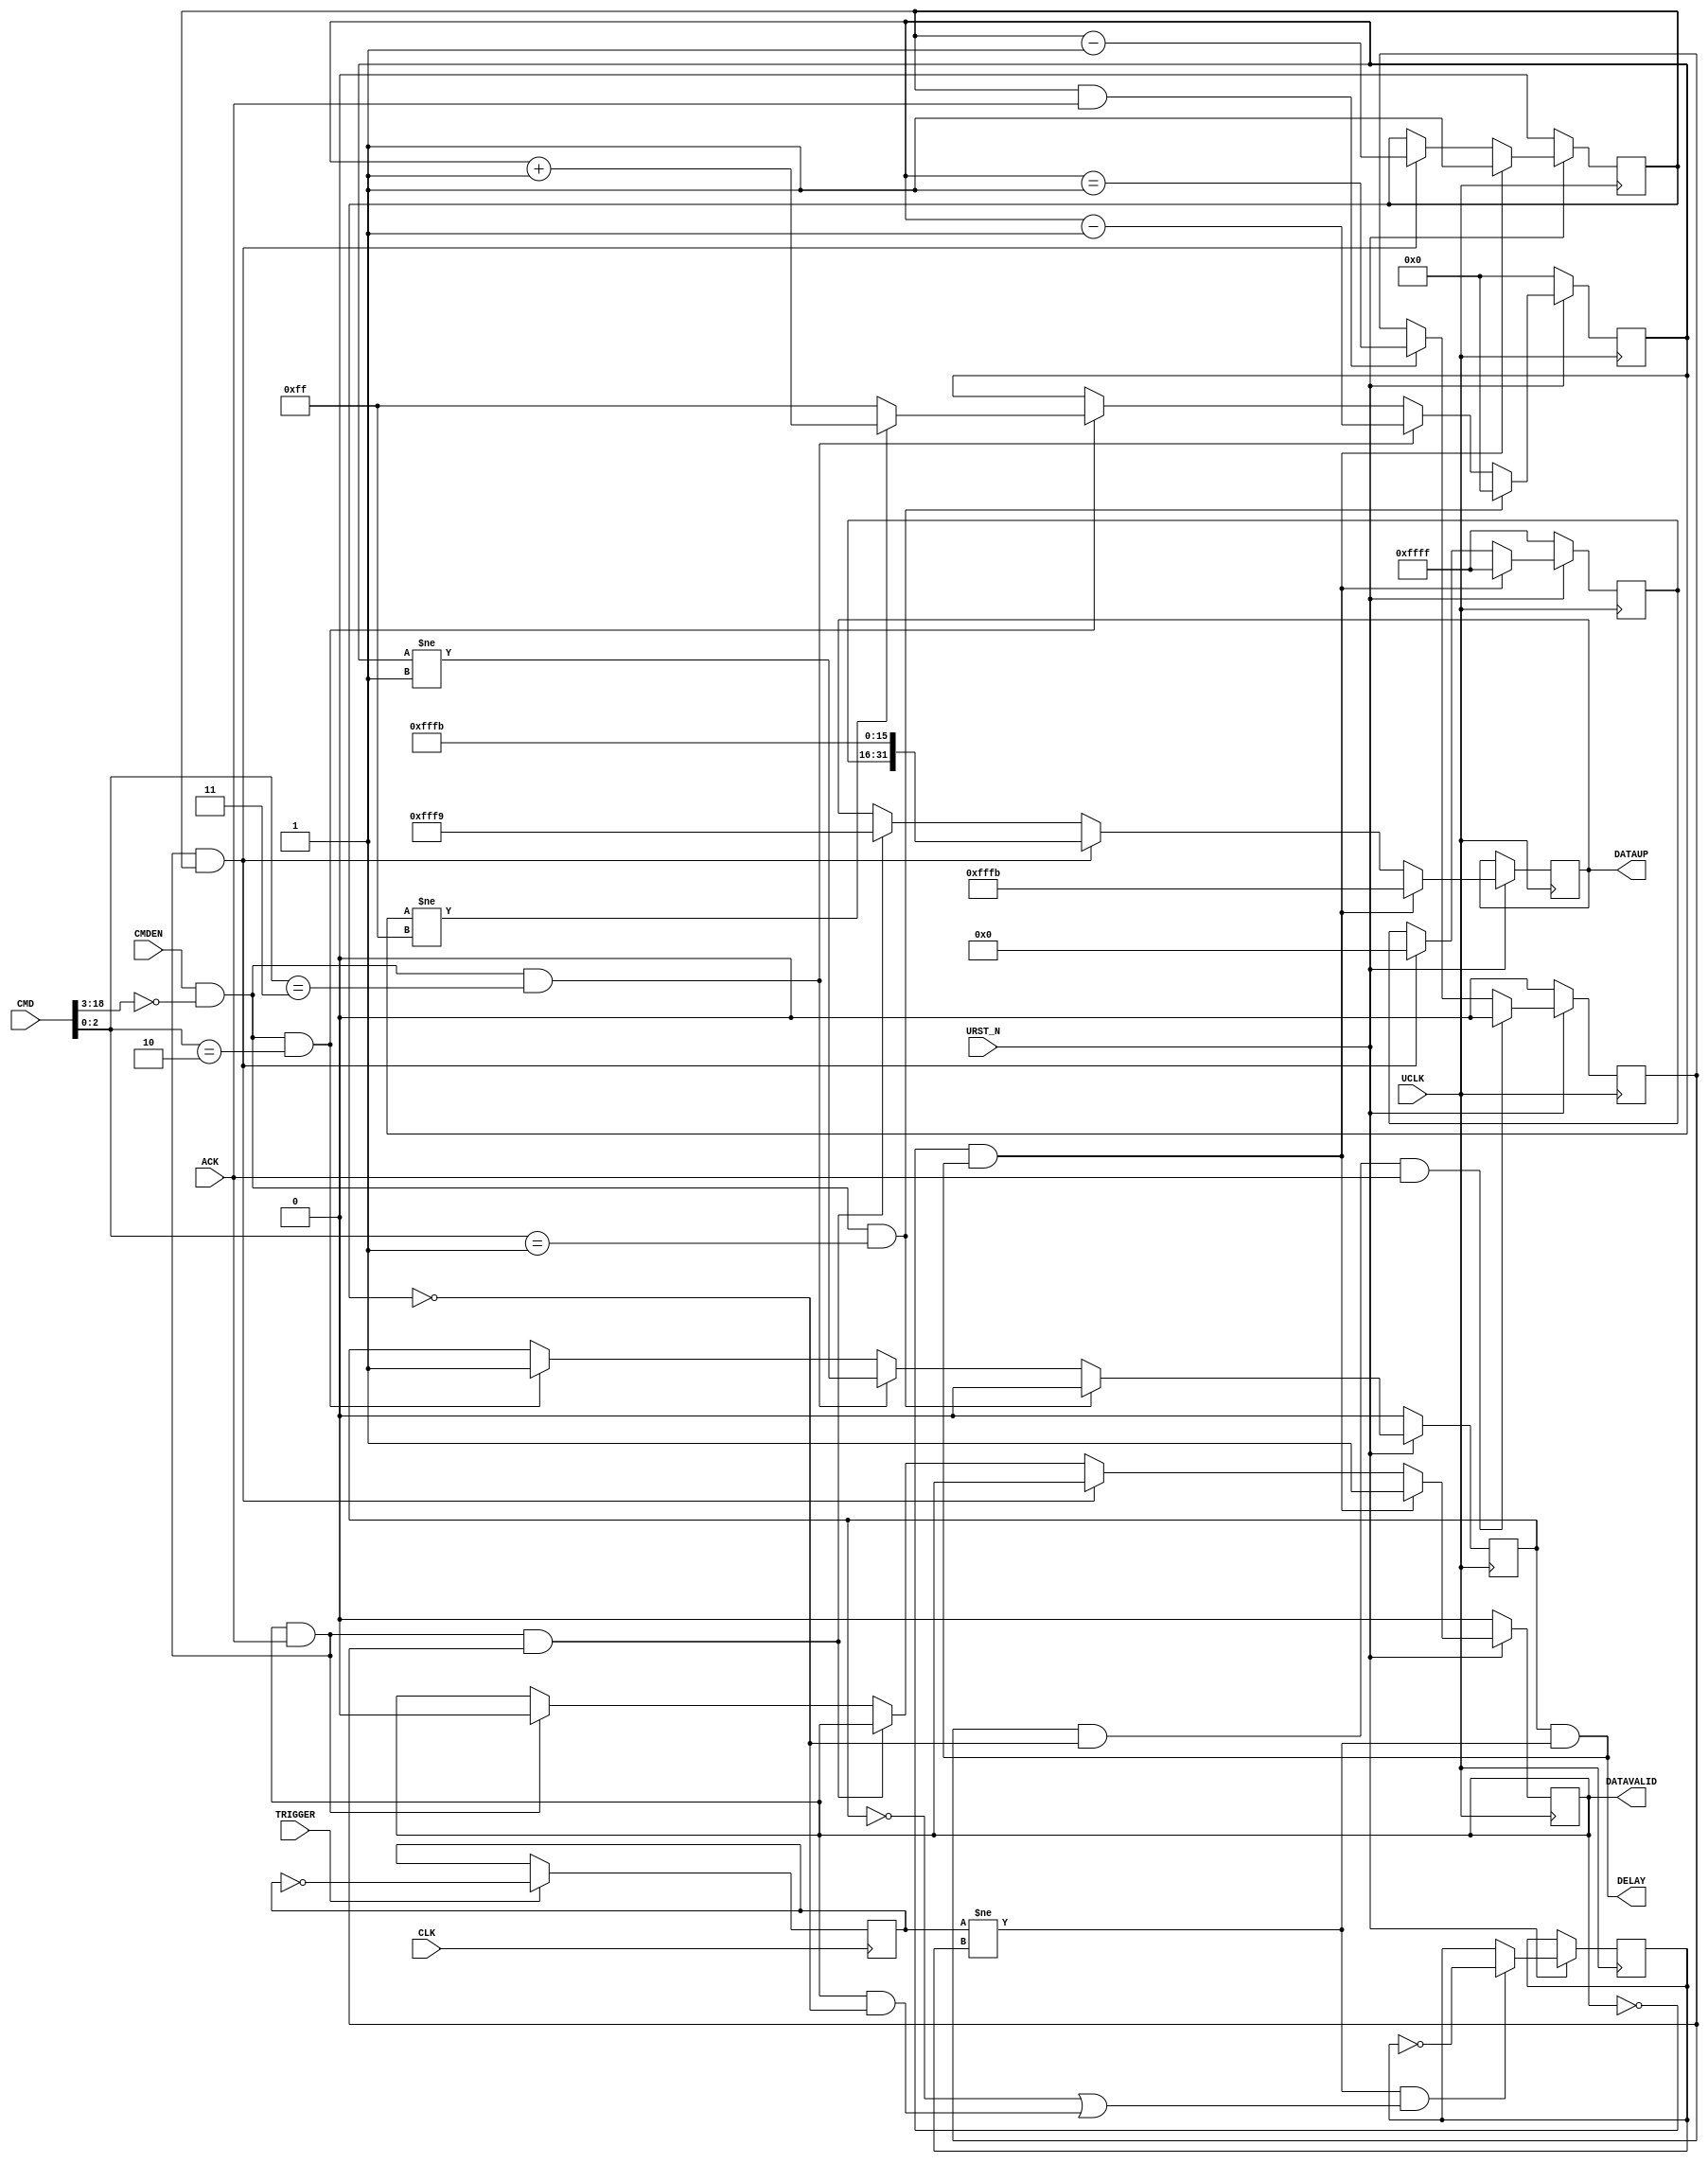

// Copyright (c) 2000-2009 Bluespec, Inc.

// Permission is hereby granted, free of charge, to any person obtaining a copy
// of this software and associated documentation files (the "Software"), to deal
// in the Software without restriction, including without limitation the rights
// to use, copy, modify, merge, publish, distribute, sublicense, and/or sell
// copies of the Software, and to permit persons to whom the Software is
// furnished to do so, subject to the following conditions:

// The above copyright notice and this permission notice shall be included in
// all copies or substantial portions of the Software.

// THE SOFTWARE IS PROVIDED "AS IS", WITHOUT WARRANTY OF ANY KIND, EXPRESS OR
// IMPLIED, INCLUDING BUT NOT LIMITED TO THE WARRANTIES OF MERCHANTABILITY,
// FITNESS FOR A PARTICULAR PURPOSE AND NONINFRINGEMENT. IN NO EVENT SHALL THE
// AUTHORS OR COPYRIGHT HOLDERS BE LIABLE FOR ANY CLAIM, DAMAGES OR OTHER
// LIABILITY, WHETHER IN AN ACTION OF CONTRACT, TORT OR OTHERWISE, ARISING FROM,
// OUT OF OR IN CONNECTION WITH THE SOFTWARE OR THE USE OR OTHER DEALINGS IN
// THE SOFTWARE.
//
// $Revision: 24715 $
// $Date: 2011-07-28 13:39:27 +0000 (Thu, 28 Jul 2011) $

`ifdef BSV_ASSIGNMENT_DELAY
`else
`define BSV_ASSIGNMENT_DELAY
`endif

//
// REPLICATED CODE WARNING
// If these encodings change, the following files must be kept in sync:
//
// SceMiSerialProbe.bsv
//
// Verilog Probes (ProbeTrigger.v, ProbeCapture.v etc.)
//
// C++ Transactor code (src/lib/SceMi/bsvxactors/SerialProbeXactor.cxx)
//

`define PDISABLED   3'd1
`define PENABLED    3'd2
`define PTRIGGERED  3'd3
`define PADDING    13'h1FFF

module ProbeTrigger (
                     UCLK,
                     URST_N,
                     // Down link
                     CMDEN,
                     CMD,
                     // Up link
                     DELAY,
                     DATAUP,
                     DATAVALID,
                     ACK,
                     //
                     CLK,
                     // Trigger Data
                     TRIGGER
                 );

   parameter TriggerId = 0;
   parameter NumWords = 1;
   parameter CaptureIds = { NumWords { 16'hFFFF } };
   parameter CWidth  = 1 ;      // 1 + log2 (NumWords)

   input UCLK;
   input URST_N;
   input CLK;

   input TRIGGER;

   output [31:0] DATAUP;
   output        DELAY;
   output        DATAVALID;
   input         ACK;

   input         CMDEN;
   input [18:0]  CMD;

   // Output declarations
   reg [31:0]    DATAUP;        // on UCLK
   wire          DELAY;
   wire          DATAVALID;

   wire [15:0] 	probenum = CMD [18:3];
   wire [2:0]   cmd      = CMD  [2:0];

   // On local clock
   reg                  triggerToggle; // not reset

   // on UCLK/reset
   reg [7:0]            enableCount;
   reg                  enabled;
   reg                  sendDisable;
   reg [CWidth-1:0]     wordCount;
   reg [16*NumWords-1:0] reportIds;

   reg                  sending;
   reg                  sentToggle; // not reset

   wire triggered   = triggerToggle != sentToggle;
   wire sendTrigger = enabled && triggered ;
   wire myCommand   = CMDEN && (probenum == TriggerId[15:0]);
   wire wordCountZero = wordCount == {CWidth {1'b0}};

   assign DELAY   = enabled && triggered;
   assign DATAVALID = sending;

   always @(posedge UCLK) begin
      if (URST_N != 1'b1) begin
         enabled     <= `BSV_ASSIGNMENT_DELAY 1'b0;
         enableCount <= `BSV_ASSIGNMENT_DELAY 8'b0;
         sending     <= `BSV_ASSIGNMENT_DELAY 1'b0;
         sendDisable <= `BSV_ASSIGNMENT_DELAY 1'b0;
         wordCount   <= `BSV_ASSIGNMENT_DELAY { CWidth {1'b0}};
         reportIds   <= `BSV_ASSIGNMENT_DELAY CaptureIds;
      end
      else begin
         if (!sending && sendTrigger) begin
            DATAUP      <= `BSV_ASSIGNMENT_DELAY {TriggerId[15:0], `PADDING, `PTRIGGERED};
            sending     <= `BSV_ASSIGNMENT_DELAY 1'b1;
            wordCount   <= `BSV_ASSIGNMENT_DELAY NumWords [CWidth-1:0] ;
            reportIds   <= `BSV_ASSIGNMENT_DELAY CaptureIds;
         end
         else if (sending && ACK && !wordCountZero) begin
            DATAUP     <= `BSV_ASSIGNMENT_DELAY {reportIds[15:0], `PADDING, `PTRIGGERED};
            wordCount  <= `BSV_ASSIGNMENT_DELAY wordCount - 1'b1;
            reportIds  <= `BSV_ASSIGNMENT_DELAY reportIds >> 16;
         end
         else if (sending && ACK && sendDisable) begin
            DATAUP <= `BSV_ASSIGNMENT_DELAY {TriggerId[15:0], `PADDING, `PDISABLED};
         end
         else if (sending && ACK) begin
            sending <= `BSV_ASSIGNMENT_DELAY 1'b0;
         end

         // sendDisable  flop
         if (sendDisable && wordCountZero && ACK) begin
            sendDisable <= 1'b0;
         end
         else if(!wordCountZero && ACK) begin
            sendDisable <= `BSV_ASSIGNMENT_DELAY (enableCount == 8'b1);
         end

         // clear the toggle after sending all works
         if (triggered && (!enabled || (sending && wordCountZero) )) begin
            sentToggle <= `BSV_ASSIGNMENT_DELAY ! sentToggle;
         end

         // Process commands
         if (myCommand && cmd == `PDISABLED) begin
            enableCount <= `BSV_ASSIGNMENT_DELAY 8'b0;
            enabled     <= `BSV_ASSIGNMENT_DELAY 1'b0;
         end
         else if (myCommand && cmd == `PTRIGGERED) begin
            enableCount <= `BSV_ASSIGNMENT_DELAY enableCount - 8'd1;
            enabled     <= `BSV_ASSIGNMENT_DELAY enableCount != 8'd1;
         end
         else if (myCommand && cmd == `PENABLED) begin
            enableCount <= `BSV_ASSIGNMENT_DELAY (enableCount != 8'hff) ? enableCount + 8'd1 : 8'hff ;
            enabled     <= `BSV_ASSIGNMENT_DELAY 1'b1;
         end
      end
   end

   // Local clock == uclock and lclock are edge aligned.
   always @(posedge CLK) begin
      if (TRIGGER) begin
         triggerToggle <= `BSV_ASSIGNMENT_DELAY ! triggerToggle;
      end
      // synopsys translate_off
      if (enabled && triggered && TRIGGER) begin
         $display ("Error: %m ProbeTrigger has been double triggered!");
      end
      // synopsys translate_on
   end

`ifdef BSV_NO_INITIAL_BLOCKS
`else // not BSV_NO_INITIAL_BLOCKS
   // synopsys translate_off
   initial begin
      DATAUP         <= { 16 {2'b10}};
      triggerToggle  <= 1'b0;
      sentToggle     <= 1'b0;
      enableCount    <= {4 {2'b01}};
      sending        <= 1'b0;
      sendDisable    <= 1'b0;
      enabled        <= 1'b0;
      reportIds      <= {NumWords * 8 {2'b10}} ;
   end
   // synopsys translate_on
`endif

endmodule